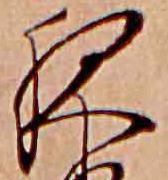
夜